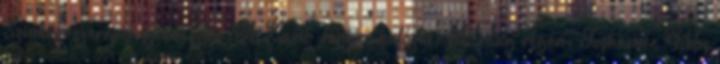
Szinkronszerepei szerkesztés A Karib-tenger kalózai: A világ végén: Joshamee Gibbs